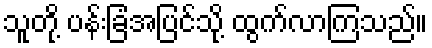
သူတို့ ပန်းခြံအပြင်သို့ ထွက်လာကြသည်။